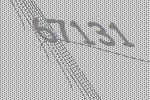
67131